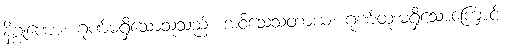
နိဂ္ဂုဏော၊ ဂုဏ်မရှိသောသူသည်။ အဝိသေသတာယ၊ ဂုဏ်ထူးမရှိသောကြောင့်။